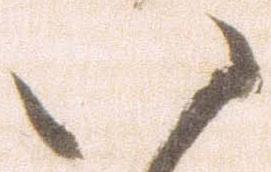
八